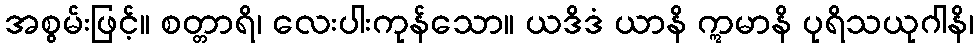
အစွမ်းဖြင့်။ စတ္တာရိ၊ လေးပါးကုန်သော။ ယဒိဒံ ယာနိ ဣမာနိ ပုရိသယုဂါနိ၊